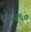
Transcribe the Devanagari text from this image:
६२६०